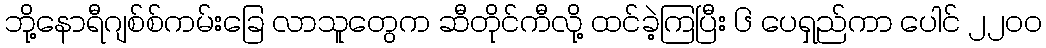
ဘို့နောရီဂျစ်စ်ကမ်းခြေ လာသူတွေက ဆီတိုင်ကီလို့ ထင်ခဲ့ကြပြီး ၆ ပေရှည်ကာ ပေါင် ၂၂၀၀